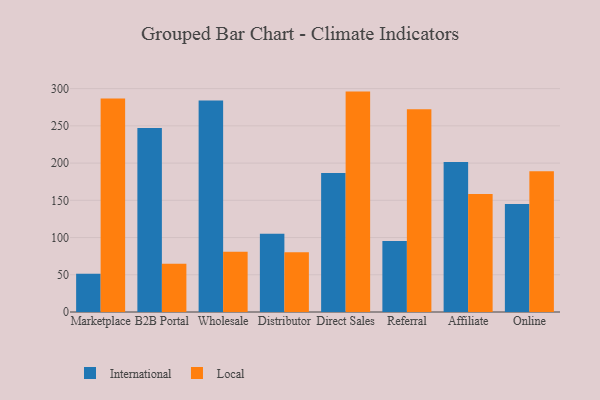
{"axis": {"x": "Channel", "y": "Budget (USD K)"}, "legend": ["International", "Local"], "data": [{"x": "Marketplace", "y": 51.3, "type": "International"}, {"x": "Marketplace", "y": 286.9, "type": "Local"}, {"x": "B2B Portal", "y": 247.1, "type": "International"}, {"x": "B2B Portal", "y": 64.8, "type": "Local"}, {"x": "Wholesale", "y": 284.2, "type": "International"}, {"x": "Wholesale", "y": 80.8, "type": "Local"}, {"x": "Distributor", "y": 105.1, "type": "International"}, {"x": "Distributor", "y": 80.1, "type": "Local"}, {"x": "Direct Sales", "y": 186.6, "type": "International"}, {"x": "Direct Sales", "y": 296.0, "type": "Local"}, {"x": "Referral", "y": 95.3, "type": "International"}, {"x": "Referral", "y": 272.2, "type": "Local"}, {"x": "Affiliate", "y": 201.5, "type": "International"}, {"x": "Affiliate", "y": 158.5, "type": "Local"}, {"x": "Online", "y": 144.9, "type": "International"}, {"x": "Online", "y": 188.9, "type": "Local"}]}